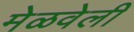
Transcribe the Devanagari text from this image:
मेळवेली